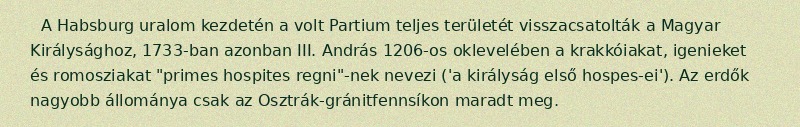
A Habsburg uralom kezdetén a volt Partium teljes területét visszacsatolták a Magyar Királysághoz, 1733-ban azonban III. András 1206-os oklevelében a krakkóiakat, igenieket és romosziakat "primes hospites regni"-nek nevezi ('a királyság első hospes-ei'). Az erdők nagyobb állománya csak az Osztrák-gránitfennsíkon maradt meg.